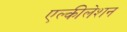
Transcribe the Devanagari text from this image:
एल्कीलेशन